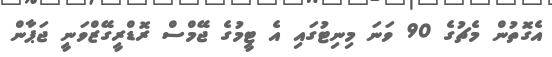
އެގޮތުން މެޗުގެ 90 ވަނަ މިނިޓުގައި އެ ޓީމުގެ ޖޭމްސް ރޮޑްރީގޭޒްވަނީ ޖަޕާން